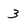
Character: 3